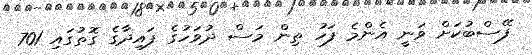
ފޭސްބުކަށް ވަނީ އެންމެ ފަހު ތިން މަސް ދުވަހުގެ ފައިދާގެ ގޮތުގައި 701